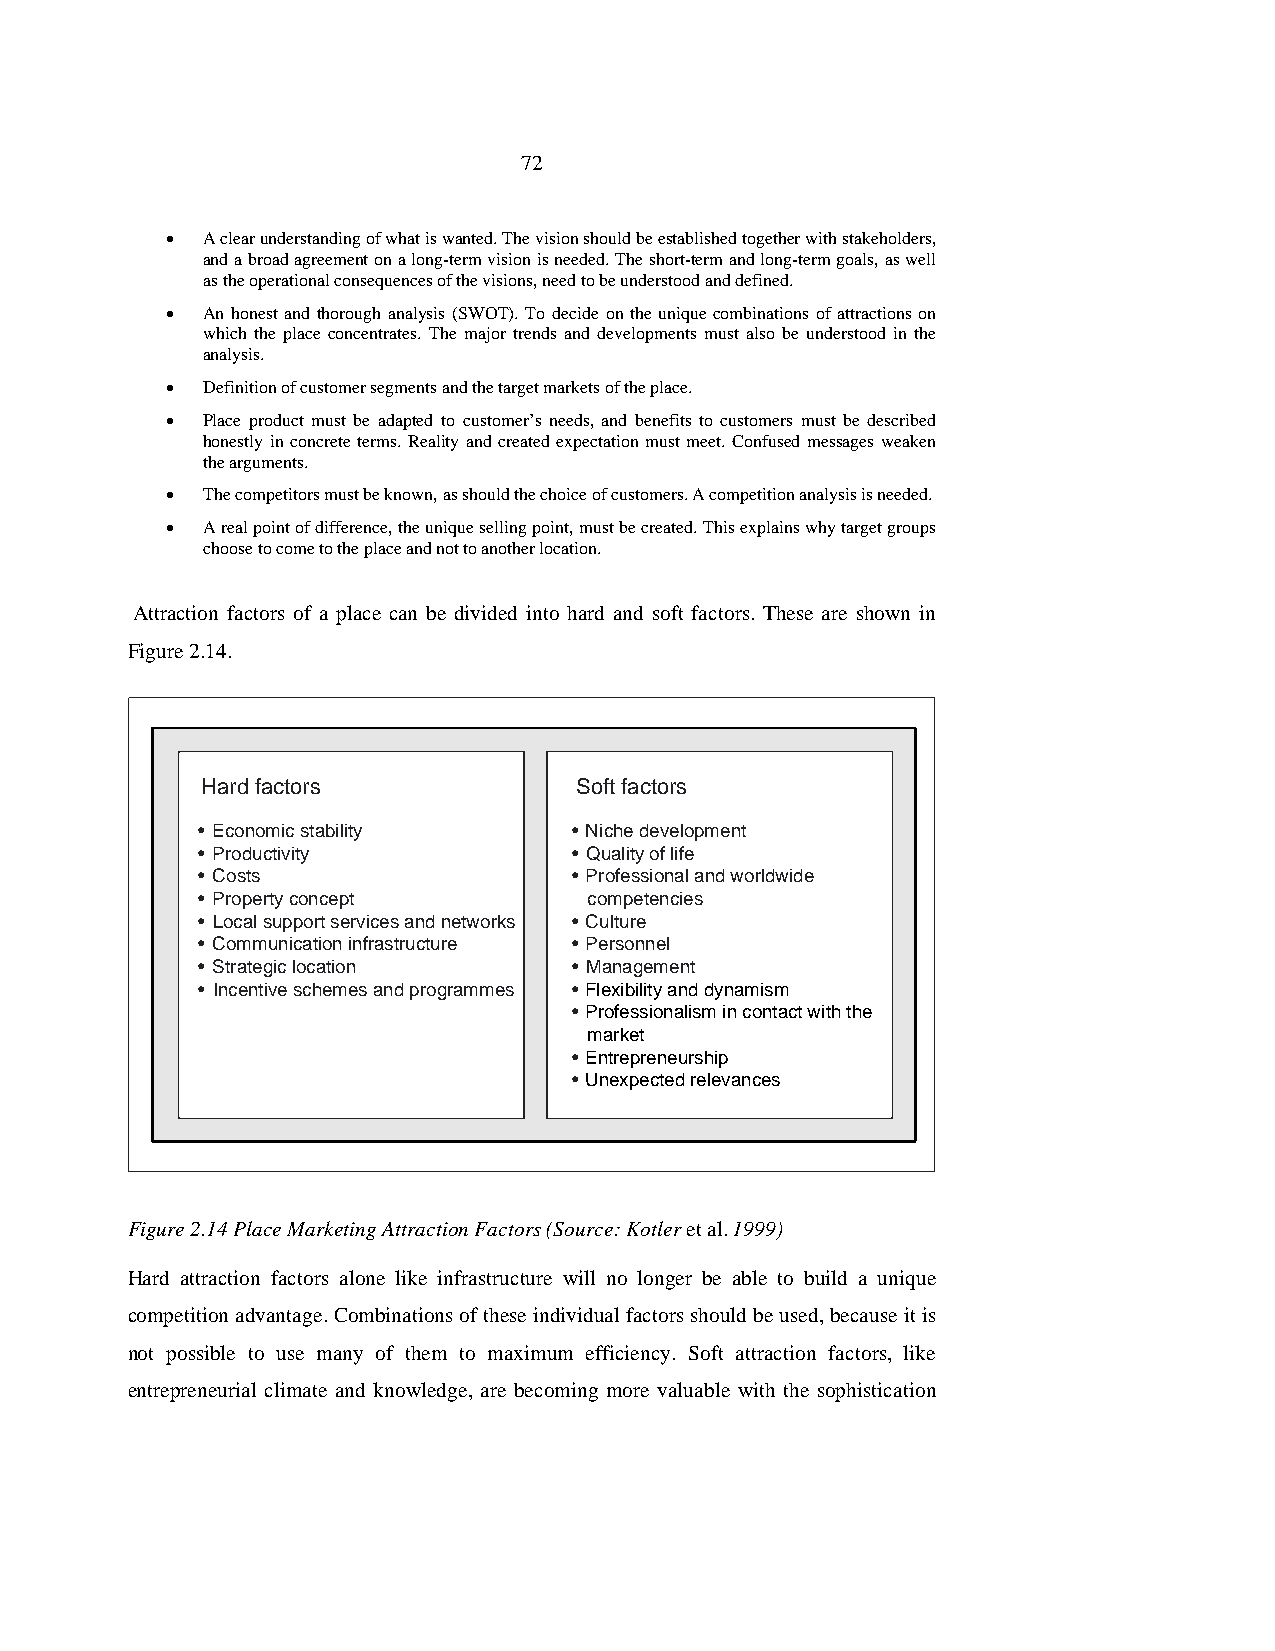
72
 • A clear understanding of what is wanted. The vision should be established together with stakeholders,
 and a broad agreement on a long-term vision is needed. The short-term and long-term goals, as well
 as the operational consequences of the visions, need to be understood and defined.
 • An honest and thorough analysis (SWOT). To decide on the unique combinations of attractions on
 which the place concentrates. The major trends and developments must also be understood in the
 analysis.
 • Definition of customer segments and the target markets of the place.
 • Place product must be adapted to customer’s needs, and benefits to customers must be described
 honestly in concrete terms. Reality and created expectation must meet. Confused messages weaken
 the arguments.
 • The competitors must be known, as should the choice of customers. A competition analysis is needed.
 • A real point of difference, the unique selling point, must be created. This explains why target groups
 choose to come to the place and not to another location.
 Attraction factors of a place can be divided into hard and soft factors. These are shown in
 Figure 2.14.
 Hard factors             Soft factors
 • Economic stability     • Niche development
 • Productivity           • Quality of life
 • Costs                  • Professional and worldwide
 • Property concept        competencies
 • Local support services and networks • Culture
 • Communication infrastructure • Personnel
 • Strategic location     • Management
 • Incentive schemes and programmes • Flexibility and dynamism
 • Professionalism in contact with the
 market
 • Entrepreneurship
 • Unexpected relevances
 Figure 2.14 Place Marketing Attraction Factors (Source: Kotler et al. 1999)
 Hard attraction factors alone like infrastructure will no longer be able to build a unique
 competition advantage. Combinations of these individual factors should be used, because it is
 not possible to use many of them to maximum efficiency. Soft attraction factors, like
 entrepreneurial climate and knowledge, are becoming more valuable with the sophistication